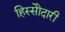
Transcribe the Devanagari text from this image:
हिस्सेोदारी